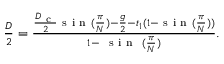
\begin{array} { r } { \frac { D } { 2 } = \frac { \frac { D _ { \mathrm { ~ c ~ } } } { 2 } \mathrm { ~ s ~ i ~ n ~ } ( \frac { \pi } { N } ) - \frac { g } { 2 } - t { _ 1 } ( 1 - \mathrm { ~ s ~ i ~ n ~ } ( \frac { \pi } { N } ) ) } { 1 - \mathrm { ~ \mathrm { ~ s ~ i ~ n ~ } ~ } ( \frac { \pi } { N } ) } . } \end{array}